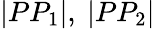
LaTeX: |PP_{1}|,\ |PP_{2}|